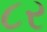
૮ર